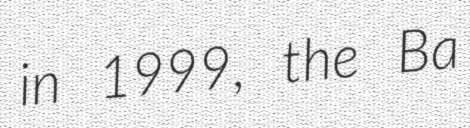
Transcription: in 1999, the Ba